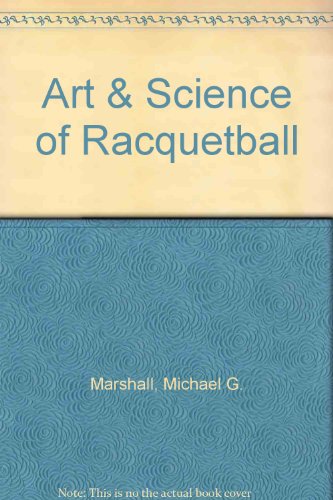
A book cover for The Art & Science of Racquetball; Michael G. Marshall; Sports & Outdoors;